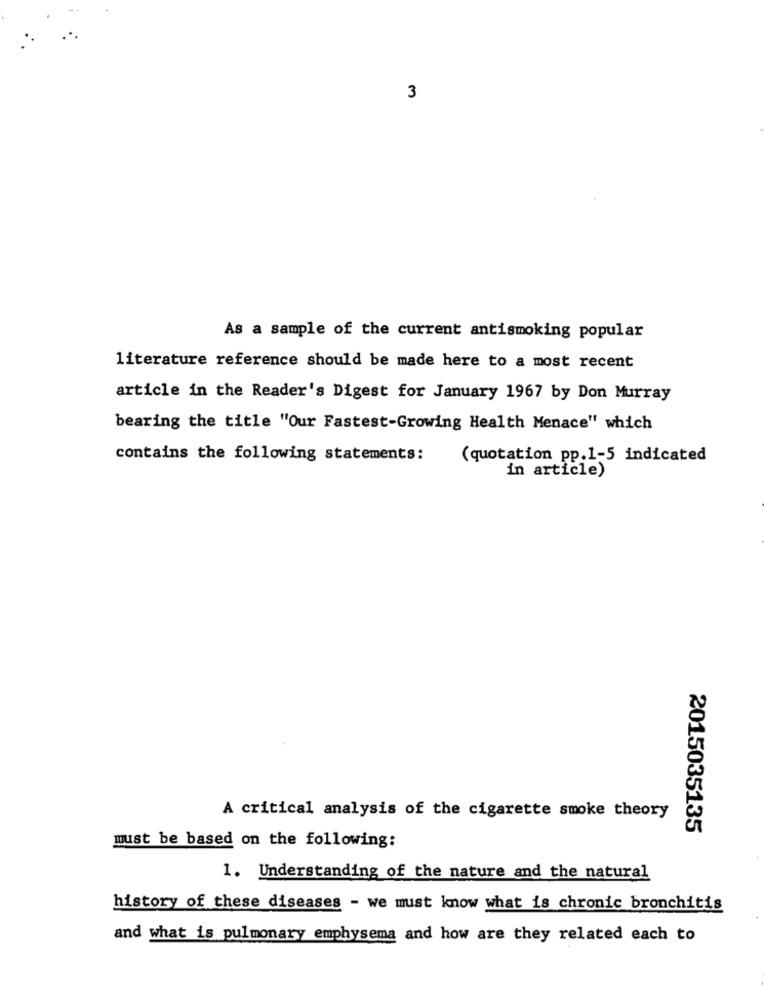
3
As a sample of the current antismoking popular
literature reference should be made here to a most recent
article in the Reader's Digest for January 1967 by Don Murray
bearing the title "Our Fastest-Growing Health Menace" which
contains the following statements:
(quotation pp.1-5 indicated
in article)
A critical analysis of the cigarette smoke theory
2015035135
must be based on the following:
1. Understanding of the nature and the natural
history of these diseases - we must know what is chronic bronchitis
and what is pulmonary emphysema and how are they related each to